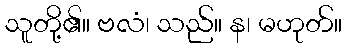
သူတို့၏။ ဗလံ၊ သည်။ န၊ မဟုတ်။